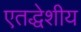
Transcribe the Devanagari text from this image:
एतद्धेशीय